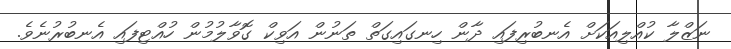
ނަޒްލާ ކުއްލިއަކަށް އެނބުރިފައި ދާން ހިނގައިގަތް ތަނުން އަވިކް ގޮވާލުމުން ހުއްޓިފައި އެނބުރުނެވެ.